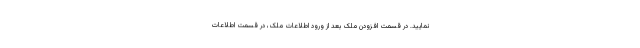
نمایید. در قسمت افزودن ملک بعد از ورود اطلاعات ملک، در قسمت اطلاعات